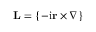
{ \bf { L } } = \left\{ - \mathrm { i } { \bf r } \times \boldsymbol { \nabla } \right\}